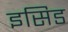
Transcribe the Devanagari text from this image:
इसिड